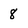
Character: 8